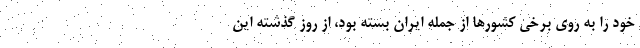
خود را به روی برخی کشورها از جمله ایران بسته بود، از روز گذشته این